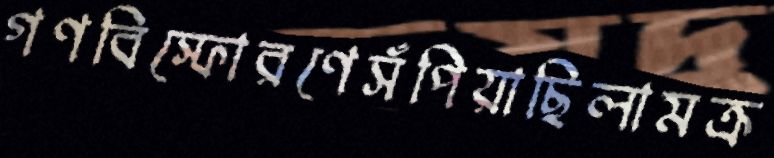
গণবিস্ফোরণেসঁপিয়াছিলামক্র